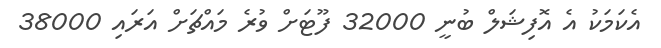
އެކަމަކު އެ އޮފިޝަލް ބުނީ 32000 ފޫޓަށް ވުރެ މައްޗަށް އަރައި 38000